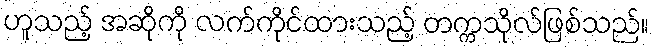
ဟူသည့် အဆိုကို လက်ကိုင်ထားသည့် တက္ကသိုလ်ဖြစ်သည်။